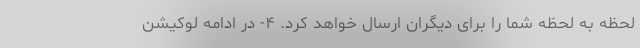
لحظه به لحظه شما را برای دیگران ارسال خواهد کرد. ۴- در ادامه لوکیشن